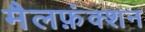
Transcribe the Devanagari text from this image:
मैलफ़ंक्शन